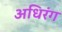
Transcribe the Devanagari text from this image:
अधिरंग